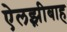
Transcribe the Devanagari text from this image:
ऐलझ़ीबाह